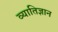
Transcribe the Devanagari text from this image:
व्यातिज्ञान